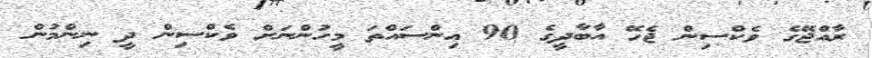
ރާއްޖޭގެ ވެކްސިން ޖެހޭ އާބާދީގެ 90 އިންސައްތަ މީހުންނަށް ވެކްސިން ދީ ނިންމުން